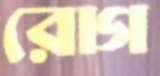
রোগ